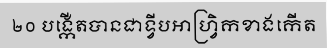
២០ បង្កើតបានជាទ្វីបអាហ្វ្រិកខាងកើត